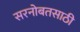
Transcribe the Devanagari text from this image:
सरनोबतसाठी